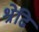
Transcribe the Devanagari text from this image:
श्रेढि